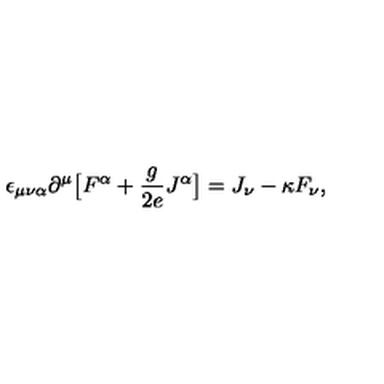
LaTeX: \epsilon _ { \mu \nu \alpha } \partial ^ { \mu } \big [ F ^ { \alpha } + { \frac { g } { 2 e } } J ^ { \alpha } \big ] = J _ { \nu } - \kappa F _ { \nu } ,